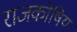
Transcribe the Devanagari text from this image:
राजकोषिय